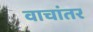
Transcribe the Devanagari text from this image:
वाचांतर